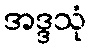
အဒ္ဒသုံ